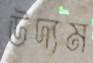
উদ্যম